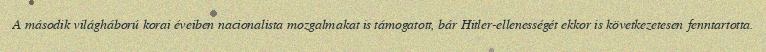
A második világháború korai éveiben nacionalista mozgalmakat is támogatott, bár Hitler-ellenességét ekkor is következetesen fenntartotta.